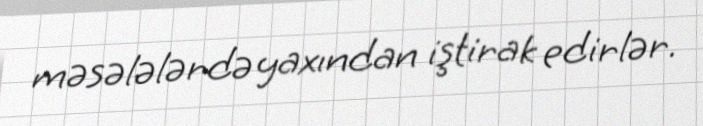
məsələlərdə yaxından iştirak edirlər.